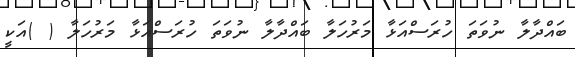
ބައްދާލާ ނުވަތަ ހުރަސްއަޅާ މަރުހަލާ ބައްދާލާ ނުވަތަ ހުރަސްއަޅާ މަރުހަލާ ( )އަކީ